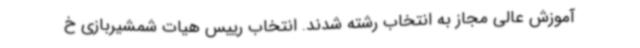
آموزش عالی مجاز به انتخاب رشته شدند. انتخاب رییس هیات شمشیربازی خ